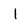
Character: l